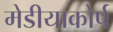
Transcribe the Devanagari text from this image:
मेडीयाकोर्प